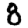
Digit: 8